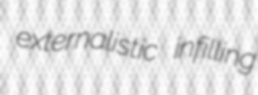
externalistic infilling